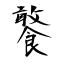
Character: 饏